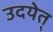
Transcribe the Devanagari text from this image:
उदयेत्‌